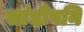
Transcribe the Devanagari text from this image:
सांदीपनि